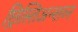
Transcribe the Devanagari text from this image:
छ्रिस्तिअन्शव्न